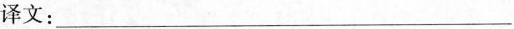
译文：____